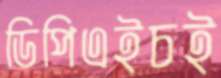
ডিপিএইচই